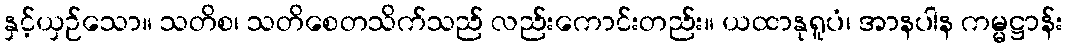
နှင့်ယှဉ်သော။ သတိစ၊ သတိစေတသိက်သည် လည်းကောင်းတည်း။ ယထာနုရူပံ၊ အာနပါန ကမ္မဋ္ဌာန်း